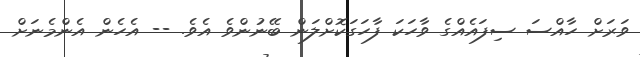
ވަރަށް ހާއްސަ ސިފައެއްގެ ވާހަކަ ފާހަގަކޮށްލަން ބޭނުންވެ އެވެ. -- އެހެން އެންމެނަށް